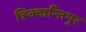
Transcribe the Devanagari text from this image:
त्रिक्कन्तियुर